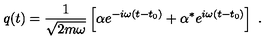
q ( t ) = \frac { 1 } { \sqrt { 2 m \omega } } \left[ \alpha e ^ { - i \omega ( t - t _ { 0 } ) } + \alpha ^ { * } e ^ { i \omega ( t - t _ { 0 } ) } \right] \ .